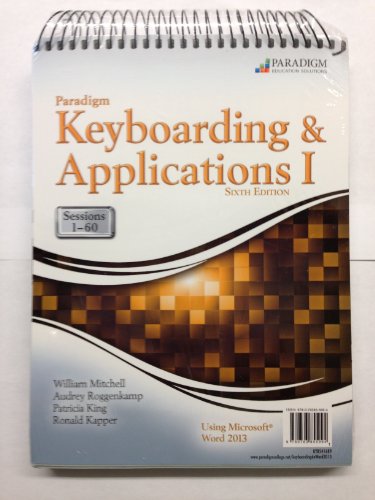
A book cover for Paradigm Keyboarding and Applications I: Sessions 1-60 Using Microsoft" Word 2013; William Mitchell; Computers & Technology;